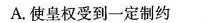
A.使皇权受到一定制约